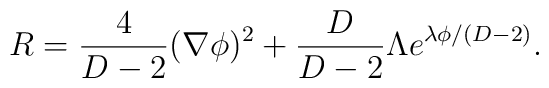
R=\frac{4}{D-2}(\nabla \phi)^2+\frac{D}{D-2}\Lambda e^{\lambda\phi/(D-2)}.